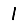
Digit: 1